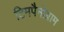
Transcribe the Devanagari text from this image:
टिमपैनोग्राम